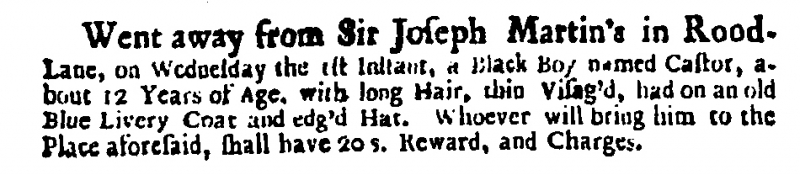
Daily Courant, 6 September 1714 (England)
Went away from Sir Joseph Martin’s in Rood-Lane, on Wednesday the 1st Instant, a Black Boy named Castor, about 12 Years of Age, with long Hair, thin Visag’d, had on an old Blue Livery Coat and edg’d Hat. Whoever will bring him to the Place aforesaid, shall have 20 s. Reward, and Charges.